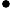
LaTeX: ^{\bullet}